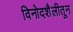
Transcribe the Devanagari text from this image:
विनोदशैलीतून